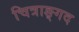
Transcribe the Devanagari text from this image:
चित्राङ्गद